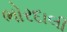
ભોરદાલી